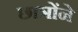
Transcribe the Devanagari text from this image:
छात्रोंने